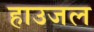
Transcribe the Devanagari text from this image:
हाउजल